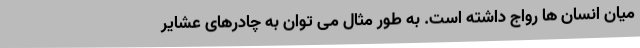
میان انسان ها رواج داشته است. به طور مثال می توان به چادرهای عشایر